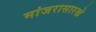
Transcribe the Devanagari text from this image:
मांजरासारखे